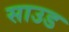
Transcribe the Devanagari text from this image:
साउड